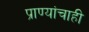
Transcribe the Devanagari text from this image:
प्राण्यांचाही